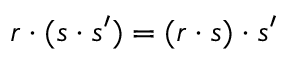
r \cdot ( s \cdot s ^ { \prime } ) = ( r \cdot s ) \cdot s ^ { \prime }